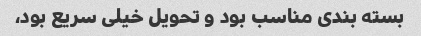
بسته بندی مناسب بود و تحویل خیلی سریع بود،